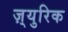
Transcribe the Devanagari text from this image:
ज़्युरिक